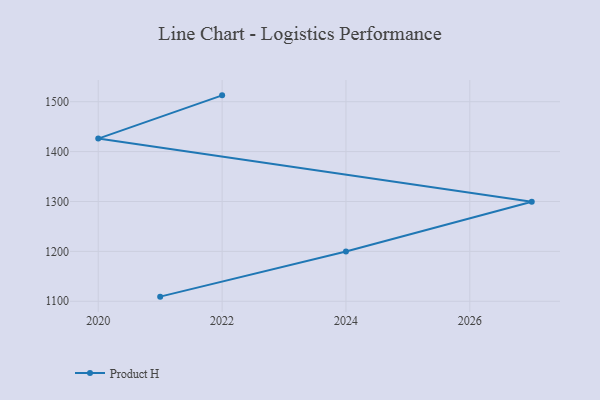
{"axis": {"x": "Year", "y": "Website Visitors"}, "legend": ["Product H"], "data": [{"x": "2021", "y": 1109.3, "type": "Product H"}, {"x": "2024", "y": 1199.9, "type": "Product H"}, {"x": "2027", "y": 1299.5, "type": "Product H"}, {"x": "2020", "y": 1426.0, "type": "Product H"}, {"x": "2022", "y": 1512.7, "type": "Product H"}]}